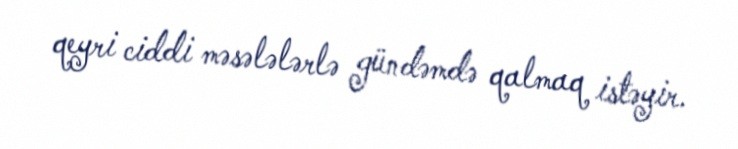
qeyri ciddi məsələlərlə gündəmdə qalmaq istəyir.